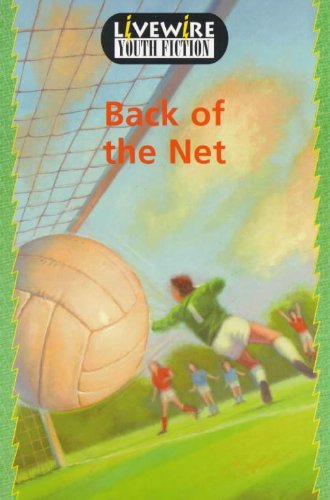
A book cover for Back of the Net: Youth Fiction (Livewire youth fiction); John Goodwin; Health, Fitness & Dieting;